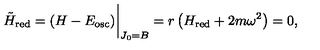
{ \tilde { H } } _ { \mathrm { r e d } } = ( H - E _ { \mathrm { o s c } } ) \bigg \vert _ { J _ { 0 } = B } = r \left( H _ { \mathrm { r e d } } + 2 m \omega ^ { 2 } \right) = 0 ,